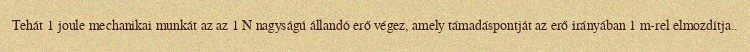
Tehát 1 joule mechanikai munkát az az 1 N nagyságú állandó erő végez, amely támadáspontját az erő irányában 1 m-rel elmozdítja..